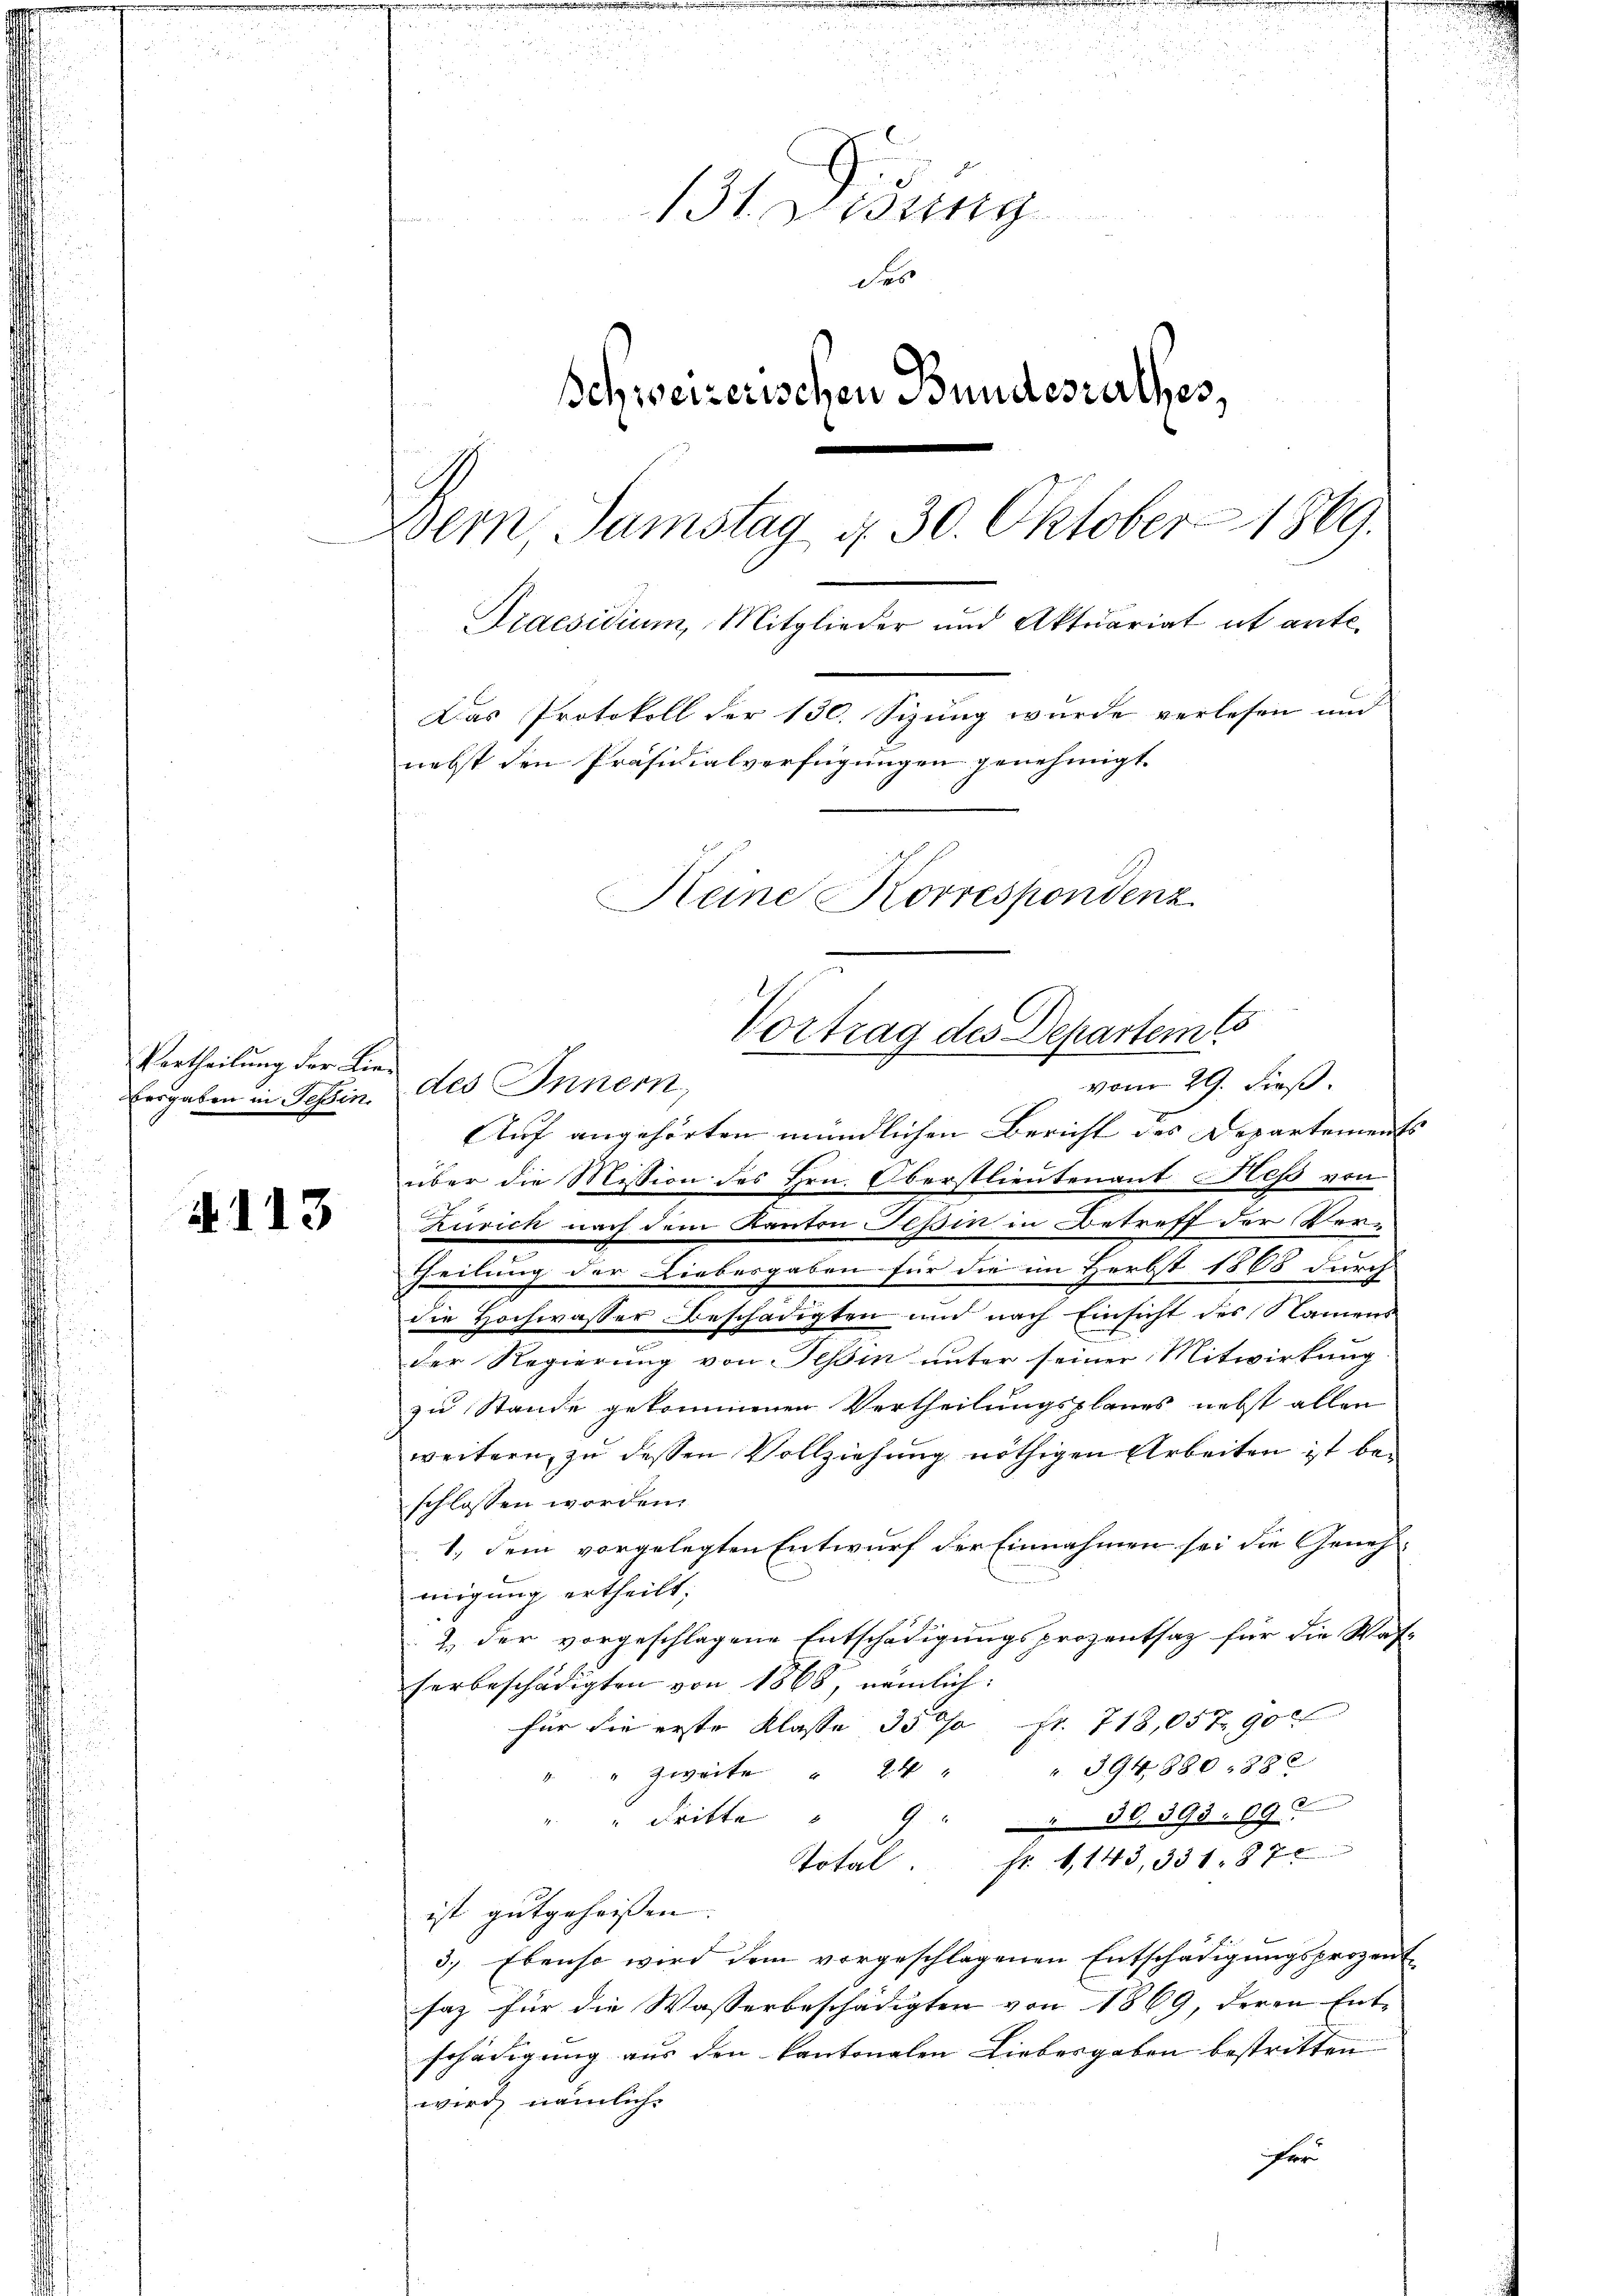
theilung der Lieben in dessen.

N. 113

13t. Lesung
des
Schweizerischen Bundesrathes,
Dern Samstag d. 30. Oktober 1869.
Praesidium, Mitglieder und Aktuariat it ante¬
Das Protokoll der 130. Sizung wurde verlesen und
nebst den Präsidialverfügungen genehmigt.
Keine Korrespondenz
Vortrag des Departem s

des Innern,
Auf angehörten mündlichen Bericht des Departements
über die Mission des Hrn. Oberstlieutenant Hess von
Zürich nach dem Kanton Tessin in Betreff der Ver-
theilung der Liebesgaben für die im Herbst 1868 durch
die Hochwasser Beschädigten und nach Einsicht des Namens
der Regierŭng von Tessin unter seiner Mitwirkung
zu Stande gekommenen Vertheilungsplanes nebst allen
weitern, zu dessen Vollziehung nöthigen Arbeiten ist beschlossen worden.
1.) Dem vorgelegten Entwurf der Einnahmen sei die Geneh-
migung ertheilt;
2. der vorgeschlagene Entschädigungsprozentsaz für die Was-
herbeschädigten von 1868, nämlich:
für die erste Klasse 3500 Fr. 718,057, 90
" zweite " 24 " " 394,880. 388
" dritte "
30393. 69
Total. fr. 1,143, 331. 87
ist gutgeheissen. |
3.) Ebenso wird dem vorgeschlagenen Entschädigungsprozent
saz für die Wasserbeschädigten von 1869, deren Ent-
schädigung aus den kantonalen Liebesgaben bestritten
wird, nämlich.
ister

vom 29. dieß.